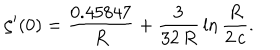
\zeta ^ { \prime } ( 0 ) = \frac { 0 . 4 5 8 4 7 } { R } + \frac { 3 } { 3 2 \, R } \, \ln \frac { R } { 2 \, c } .